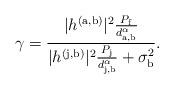
LaTeX: \begin{align*}\gamma = \frac{|h^{\rm (a,b)}|^2\frac{P_{\rm f}}{d^{\alpha}_{\rm a,b}}}{|h^{\rm (j,b)}|^2\frac{P_{\rm j}}{d^{\alpha}_{\rm j,b}}+\sigma_{\rm b}^2}.\end{align*}